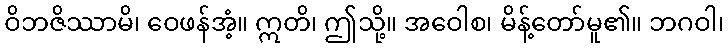
ဝိဘဇိဿာမိ၊ ဝေဖန်အံ့။ ဣတိ၊ ဤသို့။ အဝေါစ၊ မိန့်တော်မူ၏။ ဘဂဝါ၊